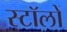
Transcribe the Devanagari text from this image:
स्टॉलों